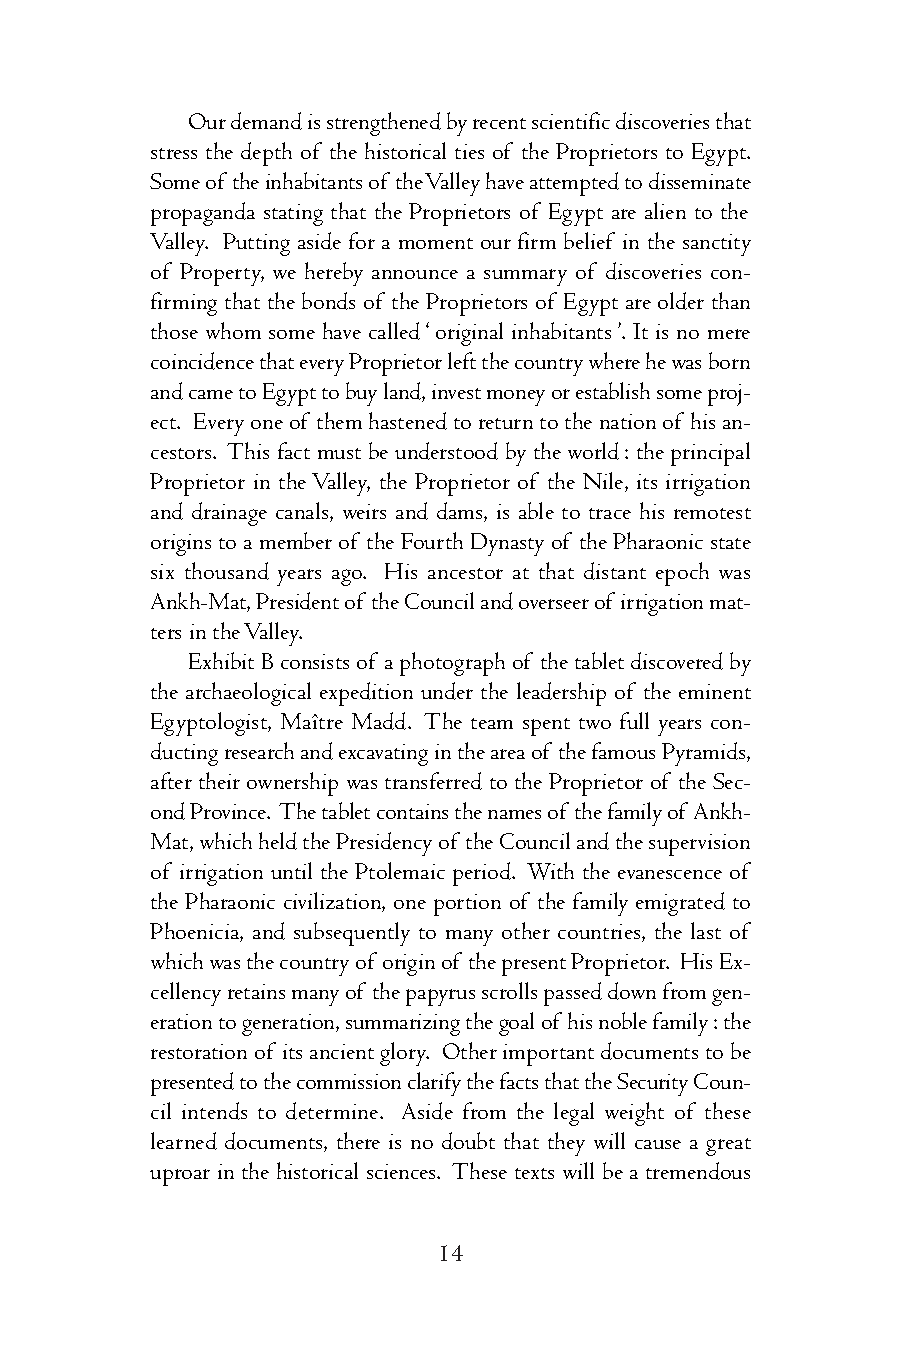
Ourdemandisstrengthenedbyrecentscientificdiscoveriesthat
 stress the depth of the historical ties of the Proprietors to Egypt.
 Someof theinhabitantsof theValleyhaveattemptedtodisseminate
 propaganda stating that the Proprietors of Egypt are alien to the
 Valley. Putting aside for a moment our firm belief in the sanctity
 of Property, we hereby announce a summary of discoveries con-
 firming that the bonds of the Proprietors of Egypt are older than
 those whom some have called‘original inhabitants’. It is no mere
 coincidencethateveryProprietorleftthecountrywherehewasborn
 andcametoEgypttobuyland,investmoneyorestablishsomeproj-
 ect. Everyoneof themhastenedtoreturntothenationof hisan-
 cestors. This fact must be understood by the world: the principal
 Proprietor in theValley, the Proprietor of the Nile, its irrigation
 and drainage canals, weirs and dams, is able to trace his remotest
 originstoamemberof theFourthDynastyof thePharaonicstate
 six thousand years ago. His ancestor at that distant epoch was
 Ankh-Mat,Presidentof theCouncilandoverseerof irrigationmat-
 tersintheValley.
 ExhibitBconsistsof aphotographof thetabletdiscoveredby
 the archaeological expedition under the leadership of the eminent
 Egyptologist, Maître Madd. The team spent two full years con-
 ductingresearchandexcavatingintheareaof thefamousPyramids,
 after their ownership was transferred to the Proprietor of the Sec-
 ondProvince. Thetabletcontainsthenamesof thefamilyof Ankh-
 Mat,whichheldthePresidencyof theCouncilandthesupervision
 of irrigation until the Ptolemaic period. With the evanescence of
 the Pharaonic civilization, one portion of the family emigrated to
 Phoenicia, and subsequently to many other countries, the last of
 whichwasthecountryof originof thepresentProprietor. HisEx-
 cellencyretainsmanyof thepapyrusscrollspasseddownfromgen-
 erationtogeneration,summarizingthegoalof hisnoblefamily:the
 restorationof itsancientglory. Otherimportantdocumentstobe
 presentedtothecommissionclarifythefactsthattheSecurityCoun-
 cil intends to determine. Aside from the legal weight of these
 learned documents, there is no doubt that they will cause a great
 uproar in the historical sciences. These texts will be a tremendous
 14